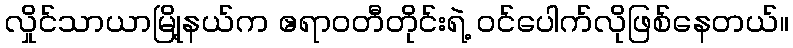
လှိုင်သာယာမြို့နယ်က ဧရာဝတီတိုင်းရဲ့ ဝင်ပေါက်လိုဖြစ်နေတယ်။